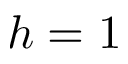
h = 1